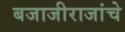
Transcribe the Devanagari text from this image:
बजाजीराजांचे